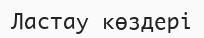
Ластау көздері